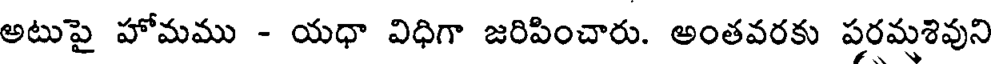
అటుపై హోమము - యధా విధిగా జరిపించారు. అంతవరకు పరమశివుని